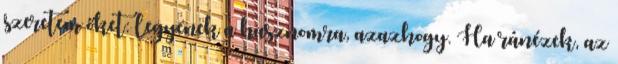
szeretem őket: legyenek a hasznomra, azazhogy. Ha ránézek, az